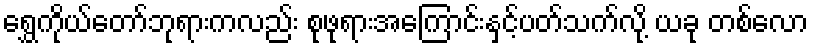
ရွှေကိုယ်တော်ဘုရားကလည်း စုဖုရားအကြောင်းနှင့်ပတ်သက်လို့ ယခု တစ်လော